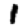
Digit: 1